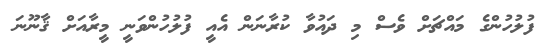
ފުލުހުންގެ މައްޗަށް ވެސް މި ދައުވާ ކުރާނަން އެއީ ފުލުހުންވަނީ މީރާއަށް ޤާނޫނަ